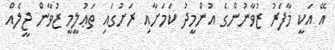
އޭ އަކީ މާފަރު ޒުވާނުންގެ އުންމީދު ކަމަށާއި ރަށުގައި ތަޢުލީމީ ޒުވާން ޖީލެއް